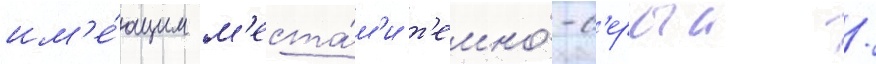
им'е́ющим м'еста́м'и т'емно́-с'ерыи /